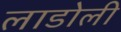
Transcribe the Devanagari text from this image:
लाडोली